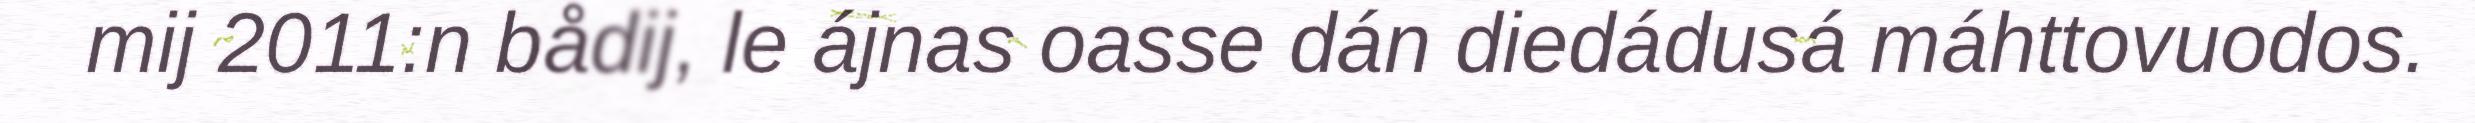
mij 2011:n bådij, le ájnas oasse dán diedádusá máhttovuodos.